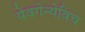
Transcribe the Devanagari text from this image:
येवगेन्येविच